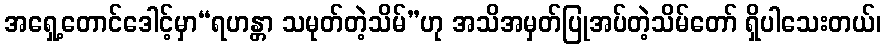
အရှေ့တောင်ဒေါင့်မှာ“ရဟန္တာ သမုတ်တဲ့သိမ်”ဟု အသိအမှတ်ပြုအပ်တဲ့သိမ်တော် ရှိပါသေးတယ်၊